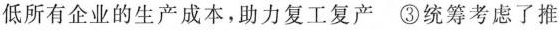
低所有企业的生产成本，助力复工复产